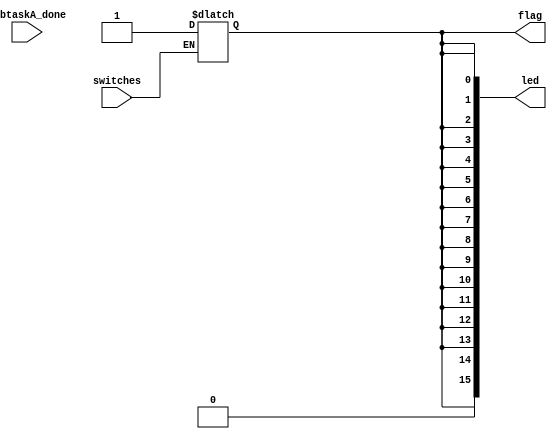
`timescale 1ns / 1ps
//////////////////////////////////////////////////////////////////////////////////
// Company: 
// Engineer: 
// 
// Design Name: 
// Module Name: Subtask_B_BaseTrail
// Project Name: 
// Target Devices: 
// Tool Versions: 
// Description: 
// 
// Dependencies: 
// 
// Revision:
// Revision 0.01 - File Created
// Additional Comments:
// 
//////////////////////////////////////////////////////////////////////////////////


module Subtask_B_BaseTrail(
    input subtaskA_done, switches, //flag to indicate completion of previous task
    output reg [15:0] led,
    output reg flag = 0 //flag to signal completion of task
    );
    
    initial begin
        led = 16'b0000000000000000;
    end
    
    // setting LEDs to be turned on
    always @ (*) begin
        if (switches == 1) 
        begin
            led = 16'b0111111111111111;
            flag = 1;
        end
    end
endmodule